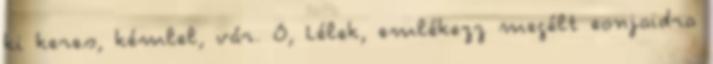
ki keres, kémlel, vár. Ó, Lélek, emlékezz megélt eonjaidra